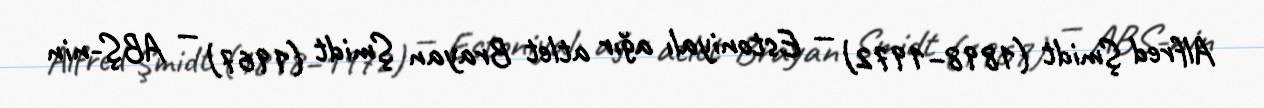
Alfred Şmidt (1898–1972) — Estoniyalı ağır atlet Brayan Şmidt (1967) — ABŞ-nin